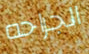
الجراحه